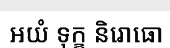
អយំ ទុក្ខ និរោធោ